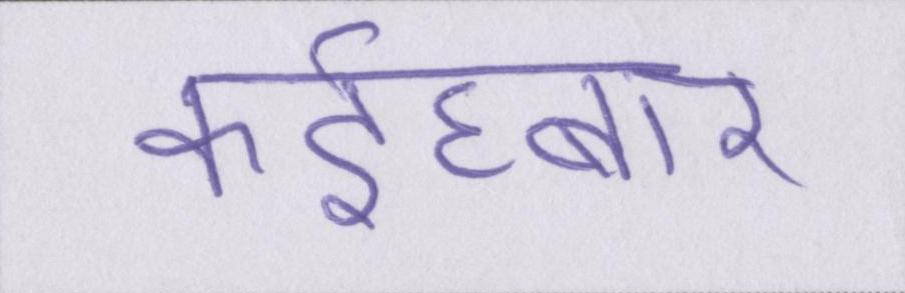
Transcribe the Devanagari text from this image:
कईघ्बार